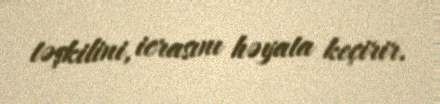
təşkilini, icrasını həyata keçirir.